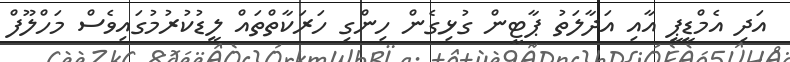
އަދި އެމްޑީޕީ އާއި އަދާލަތު ޕާޓީން ގުޅިގެން ހިންގި ހަރަކާތްތައް ލީޑުކުރުމުގައިވެސް މަހްލޫފް